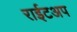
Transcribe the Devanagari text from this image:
राईटअप